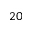
2 0